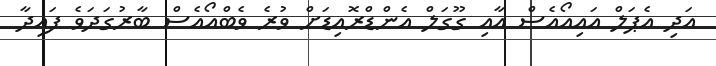
އަދި އެޕަލް އައިއޯއެސް އާއި ގޫގަލް އެންޑްރޮއިޑަށް ވުރެ ވެބްއޯއެސް ބާރުގަދަވެ ފައިދާ